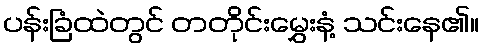
ပန်းခြံထဲတွင် တတိုင်းမွှေးနံ့ သင်းနေ၏။